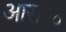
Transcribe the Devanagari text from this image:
आस२०